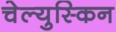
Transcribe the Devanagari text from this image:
चेल्युस्किन